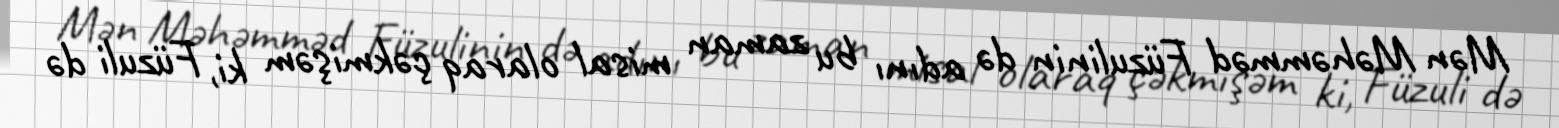
Mən Məhəmməd Füzulinin də adını bu zaman misal olaraq çəkmişəm ki, Füzuli də